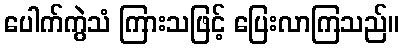
ပေါက်ကွဲသံ ကြားသဖြင့် ပြေးလာကြသည်။